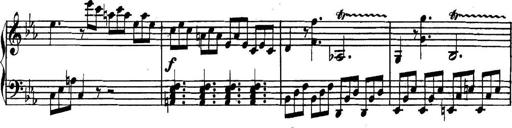
Title: Collected Piano Sonatas
Composer: Muzio Clementi